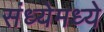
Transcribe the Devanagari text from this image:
संध्येमध्ये